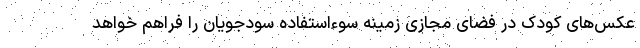
عکس‌های کودک در فضای مجازی زمینه سوءاستفاده سودجویان را فراهم خواهد